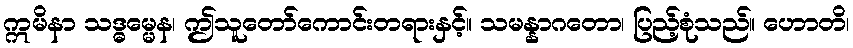
ဣမိနာ သဒ္ဓမ္မေန၊ ဤသူတော်ကောင်းတရားနှင့်။ သမန္နာဂတော၊ ပြည့်စုံသည်။ ဟောတိ၊